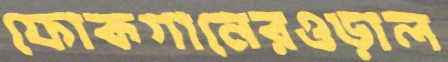
ফোকগানেরওড়াল